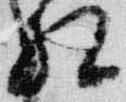
相